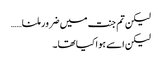
لیکن تم جنت میں ضرور ملنا……
لیکن اسے ہوا کیا تھا۔